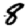
Digit: 8